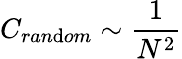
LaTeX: C_{ran\mathrm{d}om}\sim\frac{{1}}{{N^{2}}}